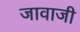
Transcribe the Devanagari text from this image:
जावाजी